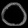
Digit: ၀